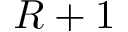
R + 1